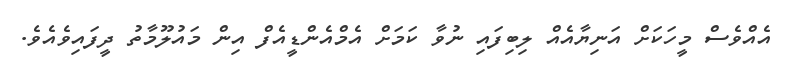
އެއްވެސް މީހަކަށް އަނިޔާއެއް ލިބިފައި ނުވާ ކަމަށް އެމްއެންޑީއެފް އިން މައުލޫމާތު ދީފައިވެއެވެ.